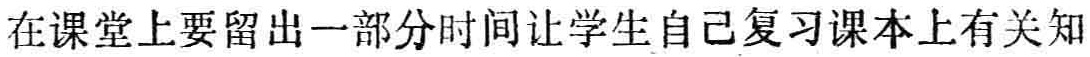
在课堂上要留出一部分时间让学生自己复习课本上有关知